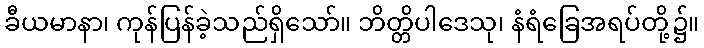
ခီယမာနာ၊ ကုန်ပြန်ခဲ့သည်ရှိသော်။ ဘိတ္တိပါဒေသု၊ နံရံခြေအရပ်တို့၌။